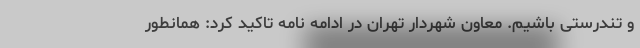
و تندرستی باشیم. معاون شهردار تهران در ادامه نامه تاکید کرد: همانطور